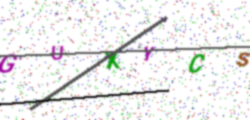
Text: GUXYCS